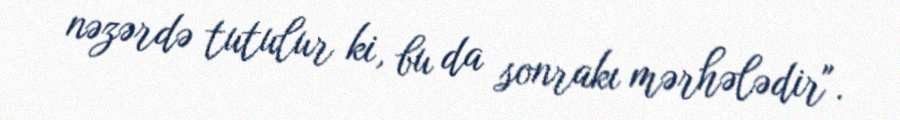
nəzərdə tutulur ki, bu da sonrakı mərhələdir".